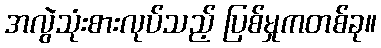
အလွဲသုံးစားလုပ်သည့် ပြစ်မှုကတစ်ခု။